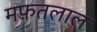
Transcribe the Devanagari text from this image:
मफ़तलाल